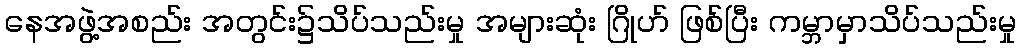
နေအဖွဲ့အစည်း အတွင်း၌သိပ်သည်းမှု အများဆုံး ဂြိုဟ် ဖြစ်ပြီး ကမ္ဘာမှာသိပ်သည်းမှု